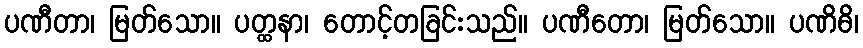
ပဏီတာ၊ မြတ်သော။ ပတ္ထနာ၊ တောင့်တခြင်းသည်။ ပဏီတော၊ မြတ်သော။ ပဏိဓိ၊